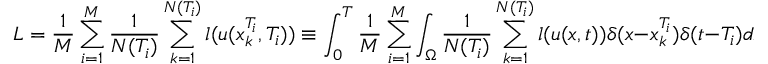
L = \frac { 1 } { M } \sum _ { i = 1 } ^ { M } \frac { 1 } { N ( T _ { i } ) } \sum _ { k = 1 } ^ { N ( T _ { i } ) } l ( u ( x _ { k } ^ { T _ { i } } , T _ { i } ) ) \equiv \int _ { 0 } ^ { T } \frac { 1 } { M } \sum _ { i = 1 } ^ { M } \int _ { \Omega } \frac { 1 } { N ( T _ { i } ) } \sum _ { k = 1 } ^ { N ( T _ { i } ) } l ( u ( x , t ) ) \delta ( x - x _ { k } ^ { T _ { i } } ) \delta ( t - T _ { i } ) d x d t \allowbreak \equiv \int _ { 0 } ^ { T } \frac { 1 } { M } \sum _ { i = 1 } ^ { M } \frac { 1 } { | \Omega | } \int _ { \Omega } \hat { l } ( u ( x , t ) ) \delta ( t - T _ { i } ) d x d t